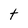
Character: t